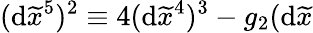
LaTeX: (\mathrm{d}\widetilde{{x}}^{5})^{2}\equiv4(\mathrm{d}\widetilde{{x}}^{4})^{3}-g_{2}(\mathrm{d}\widetilde{{x}}